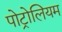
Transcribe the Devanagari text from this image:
पोट्रोलियम